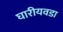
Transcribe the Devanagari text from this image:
घारीयवडा